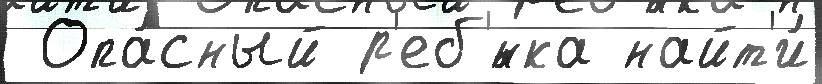
 Опа́сный р'еб'́нка найт'и́